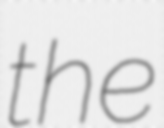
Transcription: the